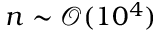
n \sim \mathcal { O } ( 1 0 ^ { 4 } )